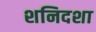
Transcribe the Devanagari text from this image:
शनिदशा